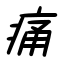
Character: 痛